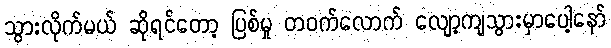
သွားလိုက်မယ် ဆိုရင်တော့ ပြစ်မှု တဝက်လောက် လျော့ကျသွားမှာပေါ့နော်